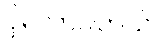
ပိုရလာပါတယ်။